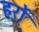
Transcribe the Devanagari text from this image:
हर्रो